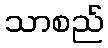
သာစည်